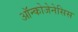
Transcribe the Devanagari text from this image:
ऑन्कोजेनेसिस